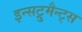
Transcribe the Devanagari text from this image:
इन्सट्रुमैन्ट्स